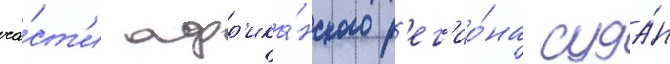
ча́ст'и афр'ика́нского р'ег'ио́на суда́н